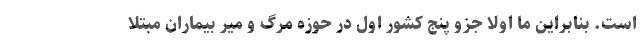
است. بنابراین ما اولا جزو پنج کشور اول در حوزه مرگ و میر بیماران مبتلا